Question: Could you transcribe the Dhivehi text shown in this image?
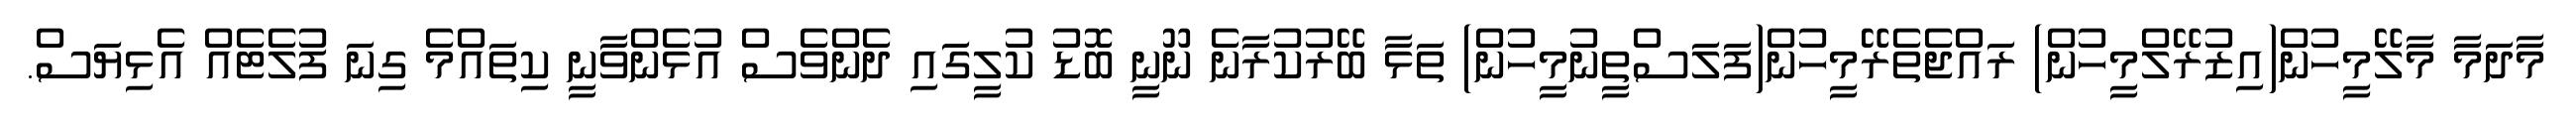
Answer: މާދަމާ މާލޭމީހުން(އިޒުރޭލްމީހުން) ރައްޖެތެރޭމީހުން(ފަލަސްތީނުމީހުން) ތަޅާ ބޭރުކުރާނެ ނޫނީ ބޮޑު ކުލީގައި ދެންވެސް އުޅެންވާނީ ކިތައްމެ ގިނަ ފުލެޓެއް އެޅިޔަސް.